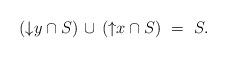
LaTeX: \begin{align*}\begin{minipage}[c]{35pc}$({\downarrow}y\cap S)\,\cup\,({\uparrow}x\cap S)\ =\ S.$\end{minipage}\end{align*}